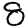
Digit: 8